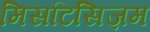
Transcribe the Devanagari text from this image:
मिसटिसिज़म